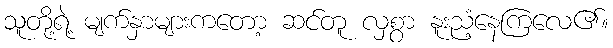
သူတို့ရဲ့ မျက်နှာများကတော့ ဆင်တူ လှစွာ နူးညံ့နေကြလေ၏။